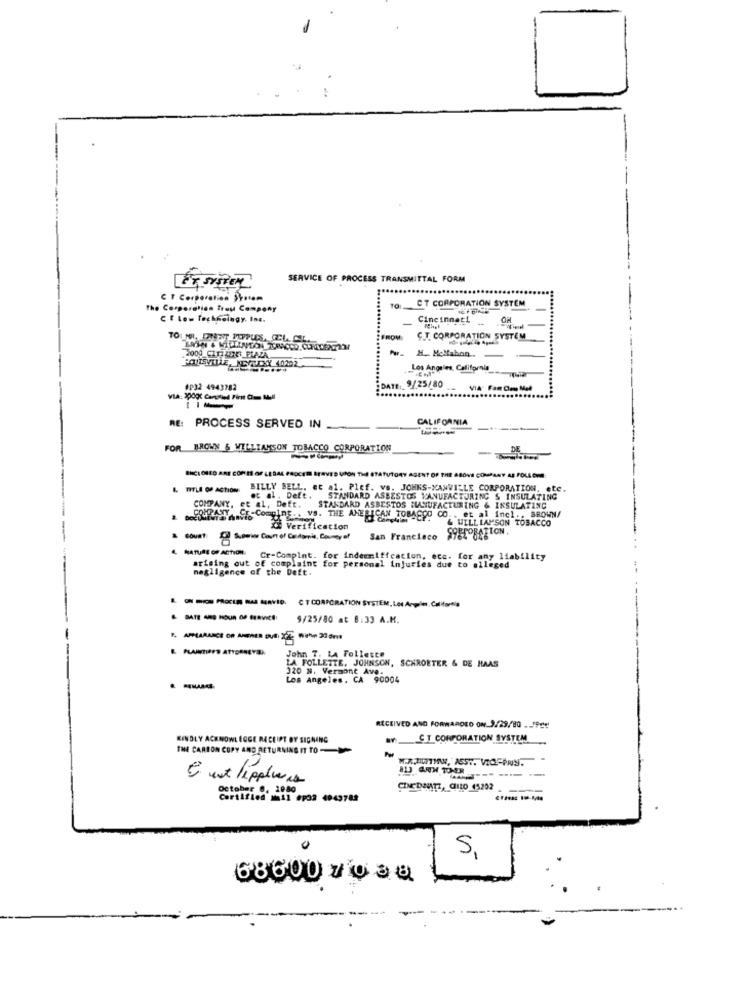
SERVICE OF PROCESS TRANSMITTAL FORM
C T Corporation System
CT CORPORATION SYSTEM
The Corporation Trau Company
TO
C flow Technology, Inc.
Cincinnati
FROM
C.T. CORPORATION SYSTEM
H .. Moltabon.
2000 CITIZENET PLAZA
Los Angeles, California
P32 4943782
9/25/80
CALIFORNIA
RE: PROCESS SERVED IN
FOR BROWN & WILLIAMSON TOBACCO CORPORATION
DE
BHCLOSED ARE COM IS OF LEDAL PROCER SERVED GOON THE STATUTORY AGENT OF THE ABOVE COMPANY AE FOLLOW
& TITLE OF ACTION
BILLY BELL, et al. Plef. vs. JOHNS-KAMVILLE CORPORATION, ete.
et al . Deft.
STANDARD ASBESTOS MANUFACTURING S INSULATING
COMPANY, et al, Deft.
STANDARD ASBESTOS MANUFACTURING & INSULATING
& ou yang-Comging .. vs. THE AMERICAN TOBACCO CO .. et al incl ., BROWN/
& WILLIAMSON TOBACCO
Verification
SOPPORATION.
- COURT
8 Show Con of Colonia, Coursey of
San Francisco
4 NATURE OF ACTION
Cr-Complnt. for indermiffcation, ecc. for any liability
arising out of complaint for personal injuries due to alleged
negligence of the Deft.
---- CI -A SERVIS. CTCORPORATION SYSTEM, Los Angeles, California
------
9/25/80 at 8:33 A.M.
1. APPEARANCE OF AMENER DUS DE Witha 20 ans
John 7. LA Follette
LA FOLLETTE, JOHNSON, SCHROETER & DE HAAS
320 N. Vermont Ave-
Los Angeles, CA 90004
.-
RECEIVED AND FORWARDEO ON_2./29,/80 ... /PE''
KINDLY ACKNOWLEDGE RECEIPT BY SIGNING
CT CORPORATION SYSTEM
THE CARBON COPY AND RETURNING IT TO-
W.AZTMAN, ASS ., VIOFPRIS.
813 GUN TONER
--
E est lippliens
october 0, 1080
CINEDONATI, CHILO 45202
Certified Mil ep32 4949788
SI
68600 7 038 1